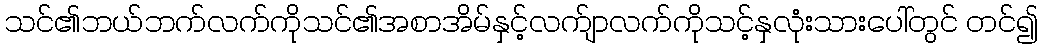
သင်၏ဘယ်ဘက်လက်ကိုသင်၏အစာအိမ်နှင့်လက်ျာလက်ကိုသင့်နှလုံးသားပေါ်တွင် တင်၍